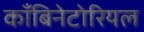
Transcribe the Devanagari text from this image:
काँबिनेटोरियल